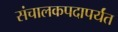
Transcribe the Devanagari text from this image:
संचालकपदापर्यंत